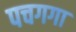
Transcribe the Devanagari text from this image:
पचगगा